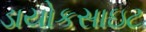
ડાયોકસાઇટ